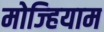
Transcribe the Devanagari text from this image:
मोज्हियाम